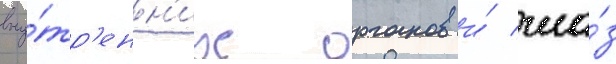
вну́тр'енн'их органов и́ гла́з